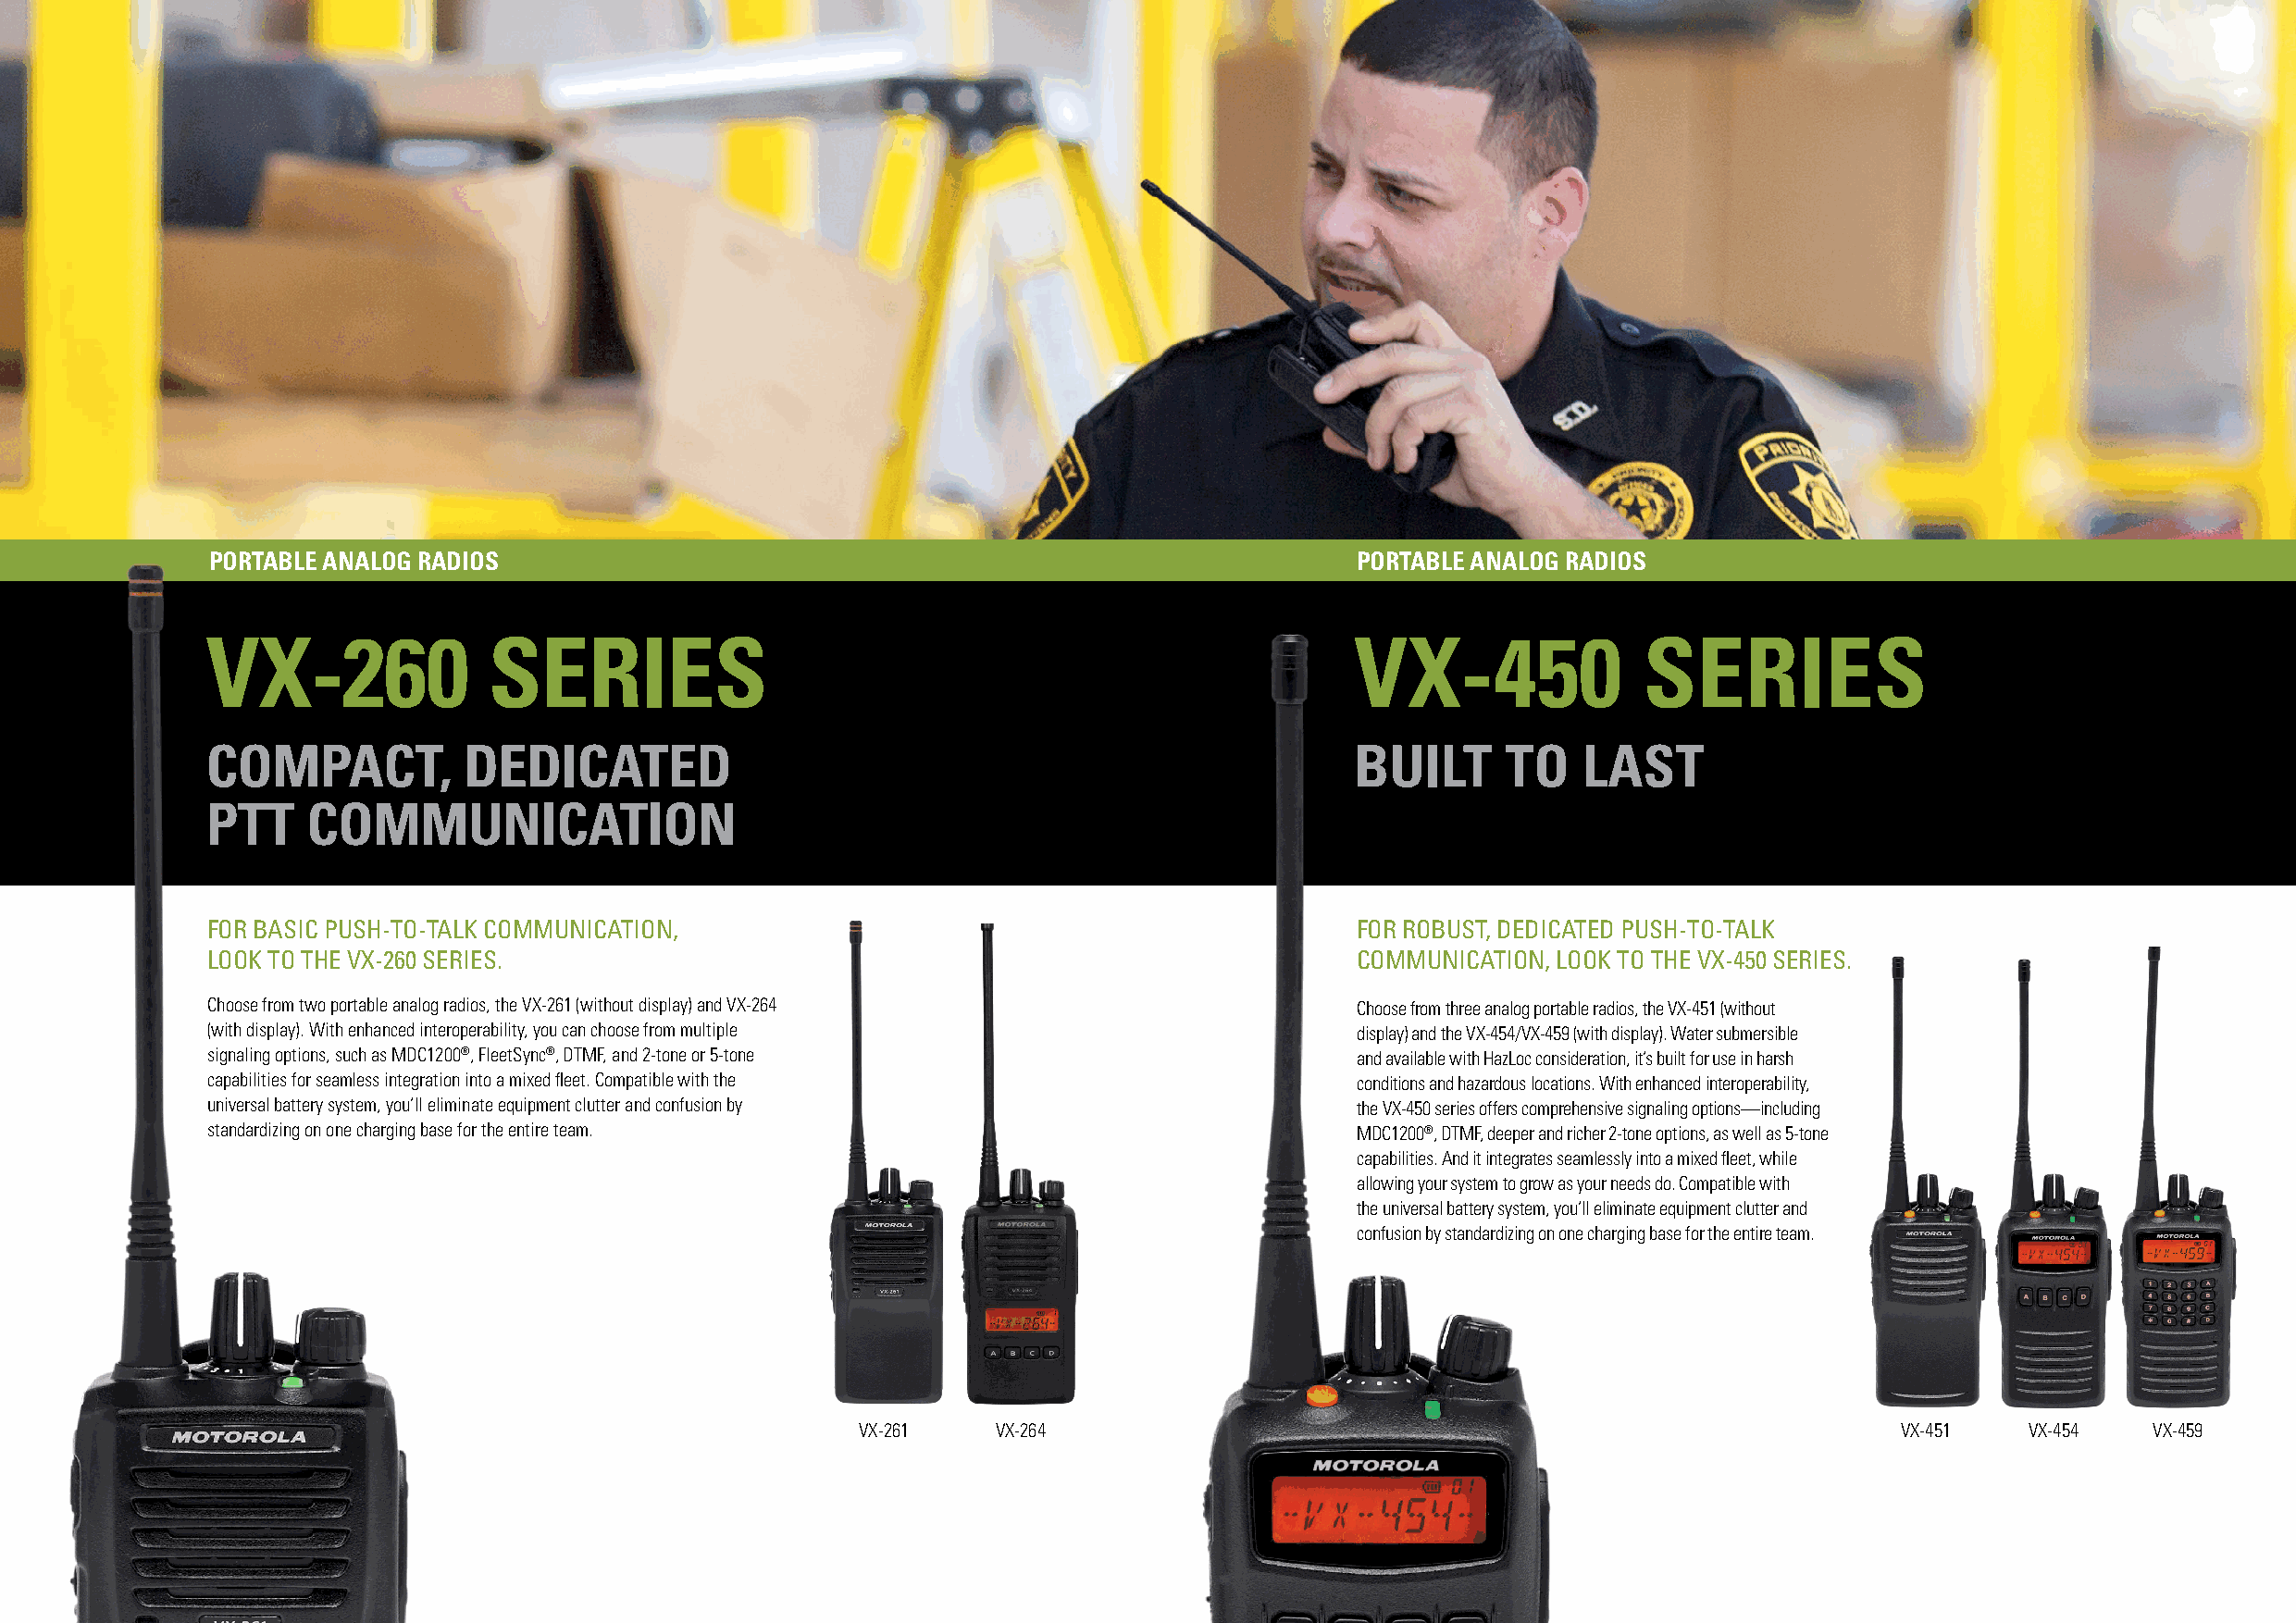
PORTABLE ANALOG RADIOS                                                            PORTABLE ANALOG RADIOS
 VX-260              SERIES                                                        VX-450               SERIES
 COMPACT,          DEDICATED                                                       BUILT      TO   LAST
 PTT    COMMUNICATION
 FOR BASIC PUSH-TO-TALK COMMUNICATION,                                             FOR ROBUST, DEDICATED PUSH-TO-TALK
 LOOK TO THE VX-260 SERIES.                                                        COMMUNICATION, LOOK TO THE VX-450 SERIES.
 Choose from two portable analog radios, the VX-261 (without display) and VX-264   Choose from three analog portable radios, the VX-451 (without
 (with display). With enhanced interoperability, you can choose from multiple      display) and the VX-454/VX-459 (with display). Water submersible
 signaling options, such as MDC1200®, FleetSync®, DTMF, and 2-tone or 5-tone       and available with HazLoc consideration, it’s built for use in harsh
 capabilities for seamless integration into a mixed fleet. Compatible with the     conditions and hazardous locations. With enhanced interoperability,
 universal battery system, you’ll eliminate equipment clutter and confusion by     the VX-450 series offers comprehensive signaling options—including
 standardizing on one charging base for the entire team.                           MDC1200®, DTMF, deeper and richer 2-tone options, as well as 5-tone
 capabilities. And it integrates seamlessly into a mixed fleet, while
 allowing your system to grow as your needs do. Compatible with
 the universal battery system, you’ll eliminate equipment clutter and
 confusion by standardizing on one charging base for the entire team.
 VX-261    VX-264                                                           VX-451   VX-454   VX-459